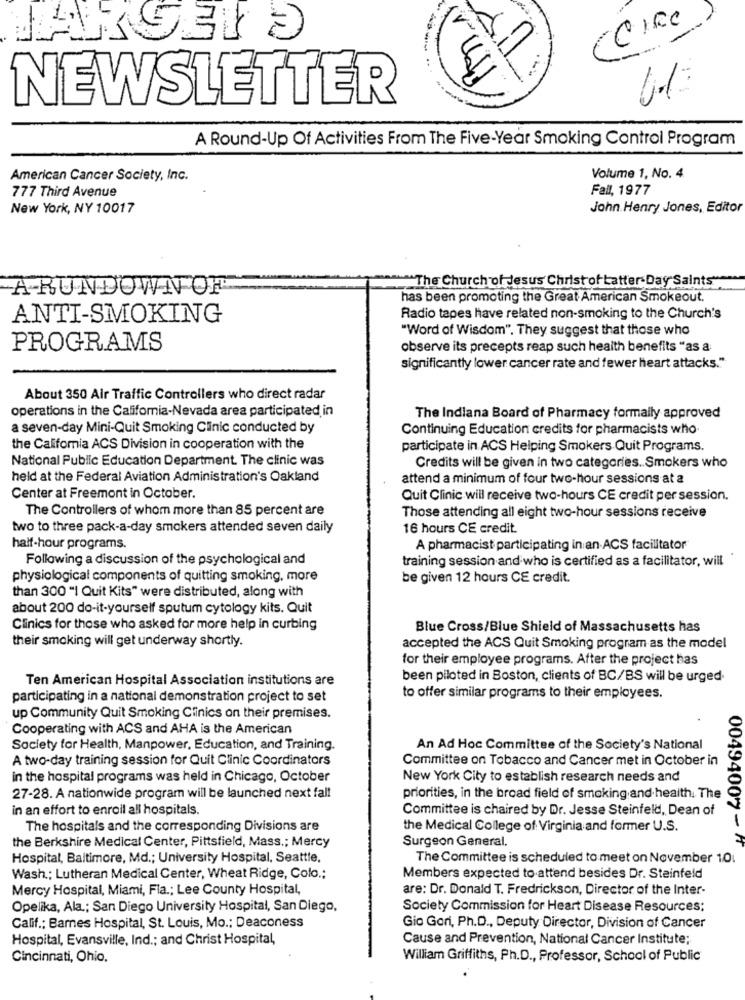
EF
NEWSLETTER
A Round-Up Of Activities From The Five-Year Smoking Control Program
American Cancer Society, Inc.
Volume 1, No. 4
777 Third Avenue
Fall, 1977
New York, NY 10017
John Henry Jones, Editor
"The Church of Jesus Christ of Latter-Day Saints"
A RUNDOWN OF
has been promoting the Great American Smokeout.
ANTI-SMOKING
Radio tapes have related non-smoking to the Church's
"Word of Wisdom". They suggest that those who
PROGRAMS
observe its precepts reap such health benefits "as a
significantly lower cancer rate and fewer heart attacks."
About 350 Air Traffic Controllers who direct radar
operations in the California-Nevada area participated in
The Indiana Board of Pharmacy formally approved
a seven-day Mini-Quit Smoking Clinic conducted by
Continuing Education credits for pharmacists who
the California ACS Division in cooperation with the
participate in ACS Helping Smokers Quit Programs.
National Public Education Department. The clinic was
Credits will be given in two categories. Smokers who
held at the Federal Aviation Administration's Oakland
attend a minimum of four two-hour sessions at a
Center at Freemont in October.
Quit Clinic will receive two-hours CE credit per session.
The Controllers of whom more than 85 percent are
Those attending all eight two-hour sessions receive
two to three pack-a-day smokers attended seven daily
16 hours CE credit.
half-hour programs.
A pharmacist participating in an ACS facilitator
Following a discussion of the psychological and
training session and who is certified as a facilitator, will
physiological components of quitting smoking, more
be given 12 hours CE credit.
than 300 "I Quit Kits" were distributed, along with
about 200 do-it-yourself sputum cytology kits. Quit
Clinics for those who asked for more help in curbing
Blue Cross/Blue Shield of Massachusetts has
their smoking will get underway shortly.
accepted the ACS Quit Smoking program as the model
for their employee programs. After the project has
Ten American Hospital Association institutions are
been piloted in Boston, clients of BC/BS will be urged.
participating in a national demonstration project to set
to offer similar programs to their employees.
up Community Quit Smoking Clinics on their premises.
Cooperating with ACS and AHA is the American
Society for Health, Manpower, Education, and Training.
An Ad Hoc Committee of the Society's National
A two-day training session for Quit Clinic Coordinators
Committee on Tobacco and Cancer met in October in
in the hospital programs was held in Chicago, October
New York City to establish research needs and
27-28. A nationwide program will be launched next fall
priorities, in the broad field of smoking and health. The
in an effort to enroll all hospitals.
Committee is chaired by Dr. Jesse Steinfeld, Dean of
The hospitals and the corresponding Divisions are
the Medical College of Virginia and former U.S.
the Berkshire Medical Center, Pittsfield, Mass .; Mercy
Surgeon General.
00494007- 1
Hospital, Baltimore, Md .; University Hospital, Seattle,
The Committee is scheduled to meet on November 10:
Wash .; Lutheran Medical Center, Wheat Ridge, Colo .;
Members expected to attend besides Dr. Steinfeld
Mercy Hospital, Miami, Fla .; Lee County Hospital,
are: Dr. Donald T. Fredrickson, Director of the Inter-
Opelika, Ala .; San Diego University Hospital, San Diego,
Society Commission for Heart Disease Resources;
Calif .; Barnes Hospital, St. Louis, Mo .; Deaconess
Gio Gori, Ph.D ., Deputy Director, Division of Cancer
Hospital, Evansville, Ind .; and Christ Hospital,
Cause and Prevention, National Cancer Institute;
Cincinnati, Ohio.
William Griffiths, Ph.D ., Professor, School of Public